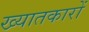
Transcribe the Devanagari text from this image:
ख्यातकारों